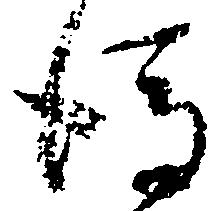
後